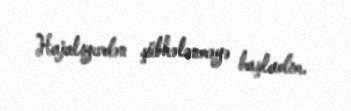
Hajalıyevdən şübhələnməyə başladım.